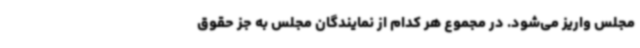
مجلس واریز می‌شود. در مجموع هر کدام از نمایندگان مجلس به جز حقوق